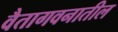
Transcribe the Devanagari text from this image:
वैतागवनातील